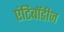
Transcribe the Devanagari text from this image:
एंटिबॉडीज